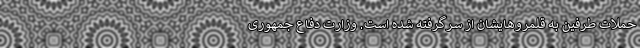
حملات طرفین به قلمروهایشان از سرگرفته شده است. وزارت دفاع جمهوری